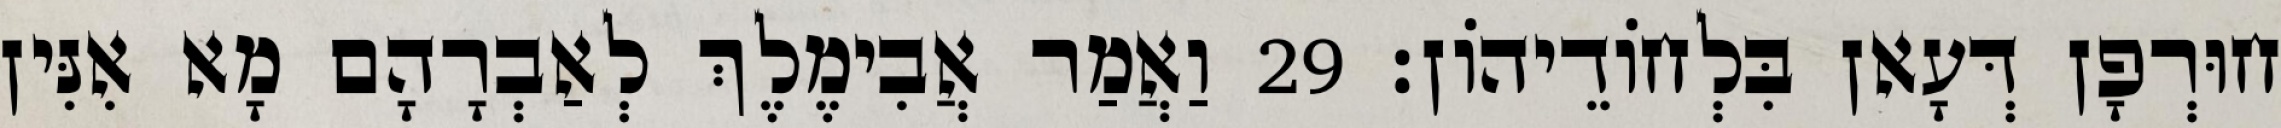
חוּרְפָן דְּעָאן בִּלְחוֹדֵיהוֹן׃ 29 וַאֲמַר אֲבִימֶלֶךְ לְאַבְרָהָם מָא אִנִּין